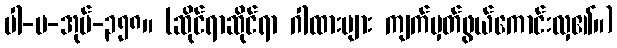
ပါ-ပ-အုပ်-၃၅၈။ (ဆိုင်ရာဆိုင်ရာ ဂါထားများ ကျက်မှတ်ဖွယ်ကောင်းလှ၏။)